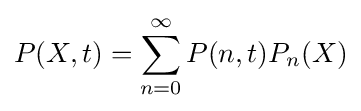
P(X,t)=\sum _{n=0}^{\infty }P(n,t)P_{n}(X)